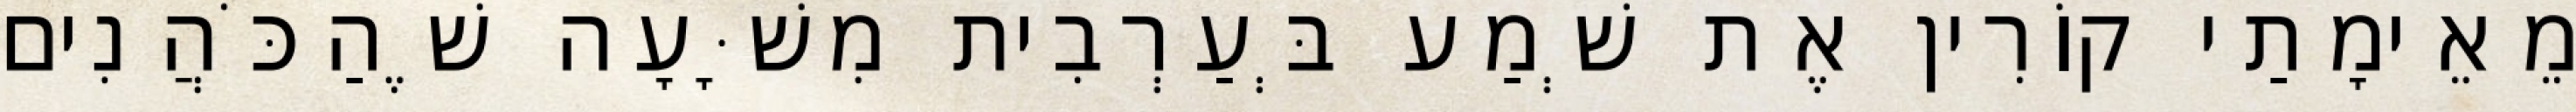
מֵאֵימָתַי קוֹרִין אֶת שְׁמַע בְּעַרְבִית מִשָּׁעָה שֶׁהַכֹּהֲנִים